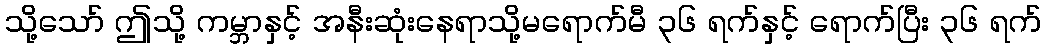
သို့သော် ဤသို့ ကမ္ဘာနှင့် အနီးဆုံးနေရာသို့မရောက်မီ ၃၆ ရက်နှင့် ရောက်ပြီး ၃၆ ရက်